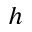
^ { h }